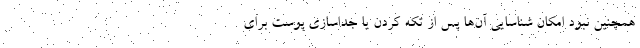
همچنین نبود امکان شناسایی آن‌ها پس از تکه کردن یا جداسازی پوست برای